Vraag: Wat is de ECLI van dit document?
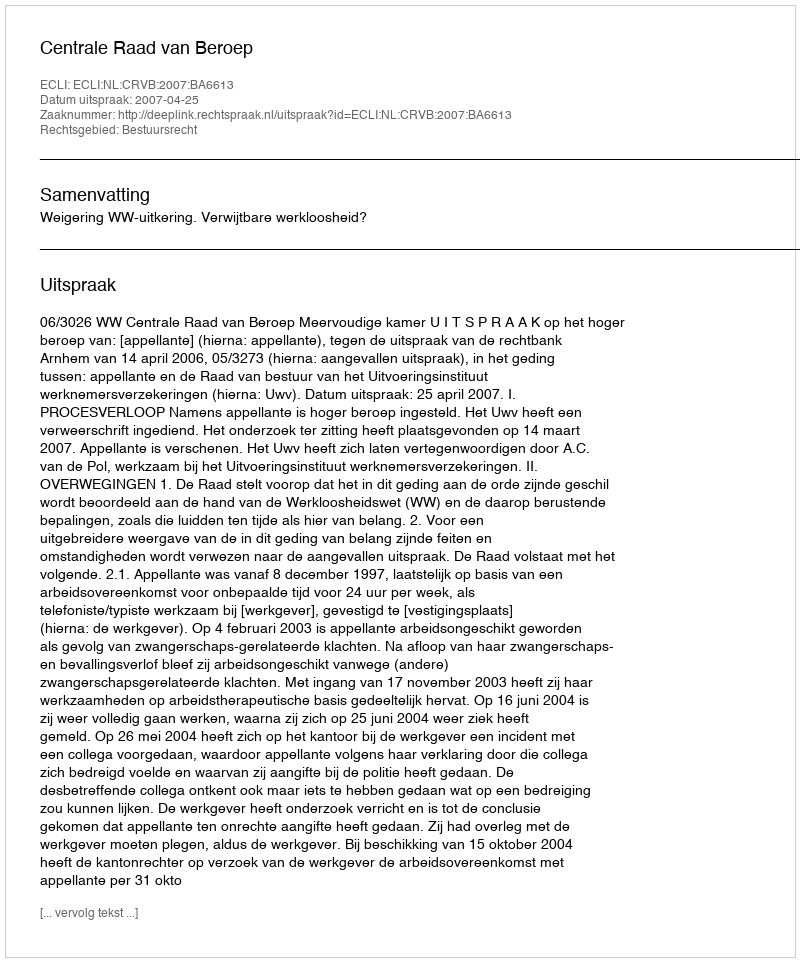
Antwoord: ECLI:NL:CRVB:2007:BA6613